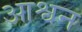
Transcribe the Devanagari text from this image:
आश्वन